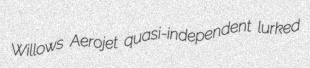
Willows Aerojet quasi-independent lurked